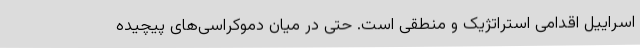
اسراییل اقدامی استراتژیک و منطقی است. حتی در میان دموکراسی‌های پیچیده